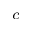
^ c